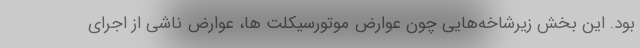
بود. این بخش زیرشاخه‌هایی چون عوارض موتورسیکلت ها، عوارض ناشی از اجرای